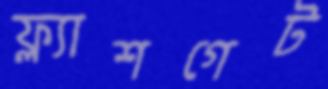
ফ্ল্যাশগেট